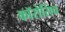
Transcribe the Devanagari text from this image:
कॉरोसिव